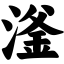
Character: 滏